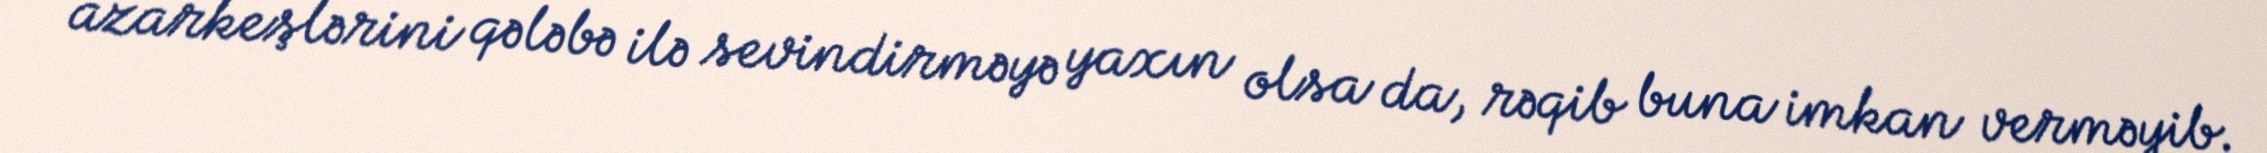
azarkeşlərini qələbə ilə sevindirməyə yaxın olsa da, rəqib buna imkan verməyib.